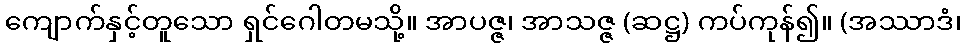
ကျောက်နှင့်တူသော ရှင်ဂေါတမသို့။ အာပဇ္ဇ၊ အာသဇ္ဇ (ဆဋ္ဌ) ကပ်ကုန်၍။ (အဿာဒံ၊